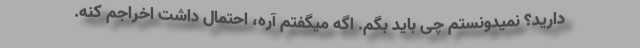
دارید؟ نمیدونستم چی باید بگم. اگه میگفتم آره، احتمال داشت اخراجم کنه.